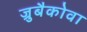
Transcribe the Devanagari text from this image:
ज्रुबैकोवा